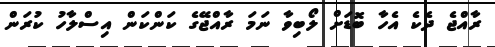
ރާއްޖެ ދެކެ އެހާ ބޮޑަށް ލޯބިވާ ނަމަ ރާއްޖޭގެ ކަންކަން އިސްލާހު ކުރަން